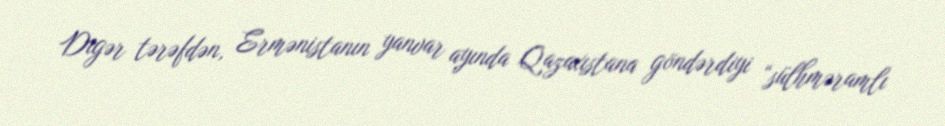
Digər tərəfdən, Ermənistanın yanvar ayında Qazaxıstana göndərdiyi “sülhməramlı